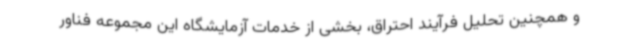
و همچنین تحلیل فرآیند احتراق، بخشی از خدمات آزمایشگاه این مجموعه فناور